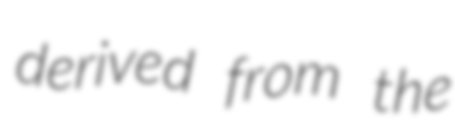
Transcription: derived from the